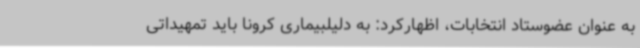
به عنوان عضوستاد انتخابات، اظهارکرد: به دلیلبیماری کرونا باید تمهیداتی